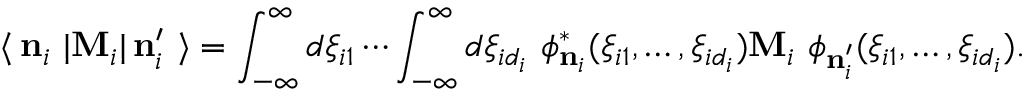
\langle \, { \bf n } _ { i } \ | { \bf M } _ { i } | \, { \bf n } _ { i } ^ { \prime } \ \rangle = \int _ { - \infty } ^ { \infty } d \xi _ { i 1 } \cdots \int _ { - \infty } ^ { \infty } d \xi _ { i d _ { i } } \ \phi _ { { \bf n } _ { i } } ^ { * } ( \xi _ { i 1 } , \ldots , \xi _ { i d _ { i } } ) { \bf M } _ { i } \ \phi _ { { \bf n } _ { i } ^ { \prime } } ( \xi _ { i 1 } , \ldots , \xi _ { i d _ { i } } ) .